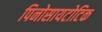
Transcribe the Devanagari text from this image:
पिनोसायटोटिक